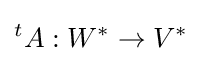
{}^{t}A:W^{*}\to V^{*}